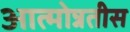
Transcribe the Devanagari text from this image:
आत्मोन्नतीस